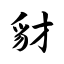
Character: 豺